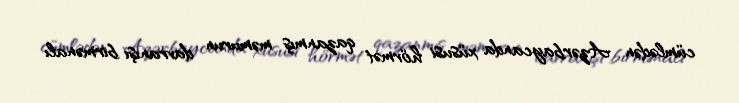
cümlədən Azərbaycanda xüsusi hörmət qazanmış məmurun davranışı birmənalı